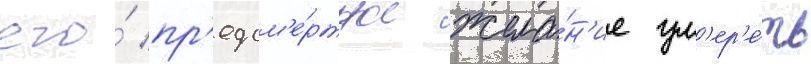
его́ пр'едсм'е́ртное жела́н'ие ум'ер'е́ть